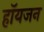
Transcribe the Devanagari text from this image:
हॉयजन